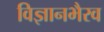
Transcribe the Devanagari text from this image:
विज्ञानभैरव